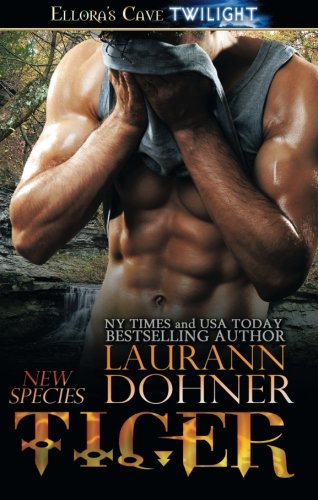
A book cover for Tiger (New Species); Laurann Dohner; Romance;